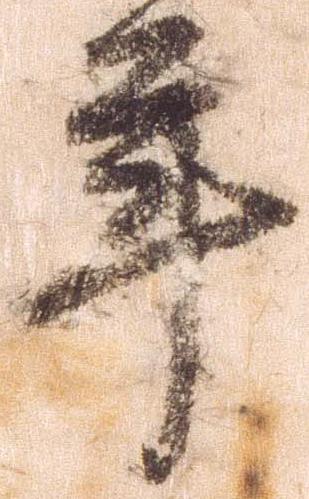
年